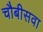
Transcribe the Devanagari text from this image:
चौबीसवा